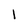
Character: 1